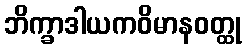
ဘိက္ခာဒါယကဝိမာနဝတ္ထု